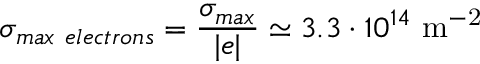
\sigma _ { m a x ~ e l e c t r o n s } = \frac { \sigma _ { m a x } } { | e | } \simeq 3 . 3 \cdot 1 0 ^ { 1 4 } ~ \mathrm { m ^ { - 2 } }